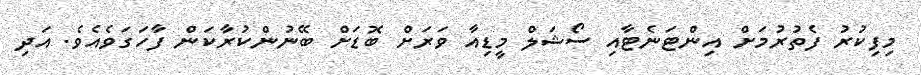
މިފިކުރު ފެތުރުމަށް އިންޓަނެޓާއި ސޯޝަލް މީޑިއާ ވަރަށް ބޮޑަށް ބޭނުންކުރާކަން ފާހަގަވެއެވެ. އަދި